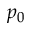
p _ { 0 }